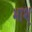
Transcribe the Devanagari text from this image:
भाश्